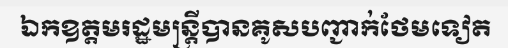
ឯកឧត្តមរដ្ឋមន្ត្រីបានគូសបញ្ជាក់ថែមទៀត